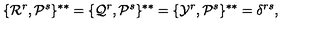
\{ { \cal R } ^ { r } , { \cal P } ^ { s } \} ^ { * * } = \{ { \cal Q } ^ { r } , { \cal P } ^ { s } \} ^ { * * } = \{ { \cal Y } ^ { r } , { \cal P } ^ { s } \} ^ { * * } = \delta ^ { r s } ,